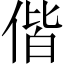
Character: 偕